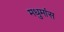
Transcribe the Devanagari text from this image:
मधुमांस